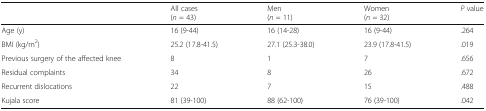
<table><thead><tr><td></td><td><b>All cases(<i>n</i> = 43)</b></td><td><b>Men(<i>n</i> = 11)</b></td><td><b>Women(<i>n</i> = 32)</b></td><td><b><i>P</i> value</b></td></tr></thead><tbody><tr><td>Age (y)</td><td>16 (9-44)</td><td>16 (14-28)</td><td>16 (9-44)</td><td>.264</td></tr><tr><td>BMI (kg/m<sup>2</sup>)</td><td>25.2 (17.8-41.5)</td><td>27.1 (25.3-38.0)</td><td>23.9 (17.8-41.5)</td><td>.019</td></tr><tr><td>Previous surgery of the affected knee</td><td>8</td><td>1</td><td>7</td><td>.656</td></tr><tr><td>Residual complaints</td><td>34</td><td>8</td><td>26</td><td>.672</td></tr><tr><td>Recurrent dislocations</td><td>22</td><td>7</td><td>15</td><td>.488</td></tr><tr><td>Kujala score</td><td>81 (39-100)</td><td>88 (62-100)</td><td>76 (39-100)</td><td>.042</td></tr></tbody></table>